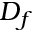
D _ { f }